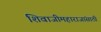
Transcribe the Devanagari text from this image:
शिवाजीमहाराजांसाठी